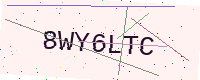
Text: 8WY6LTC